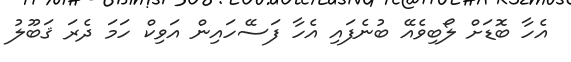
އެހާ ބޮޑަށް ލޯބިވެއޭ ބުނެފައި އެހާ ފަސޭހައިން އަވިކް ހަމަ ދެރަ ޤަބޫލު